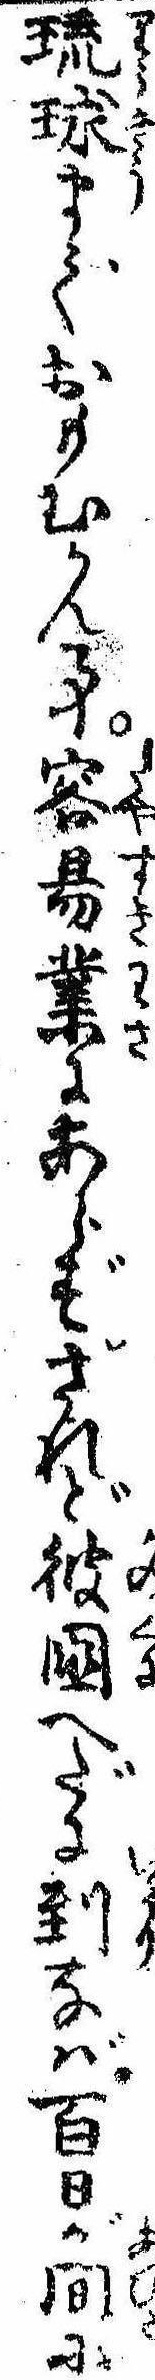
琉球までおもむかん事容易業にあらずされど彼国へだに到なば百日が間に